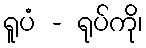
ရူပံ - ရုပ်ကို၊